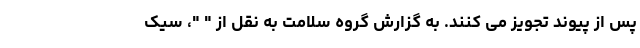
پس از پیوند تجویز می کنند. به گزارش گروه سلامت به نقل از " "، سیک